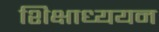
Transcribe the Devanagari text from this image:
शिक्षाध्ययन